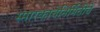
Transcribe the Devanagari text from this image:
स्मारकाचेनिर्मितीचे